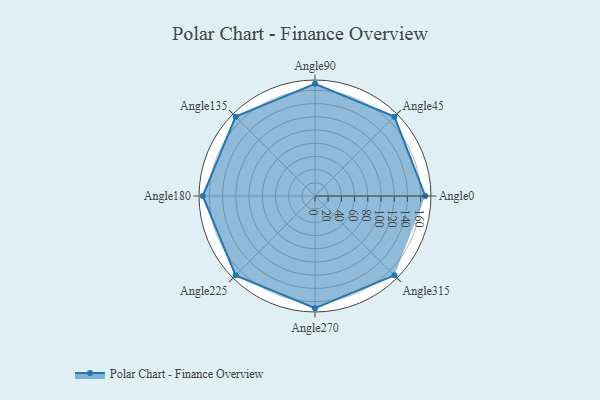
{"axis": {"x": "Angle", "y": "Radius"}, "legend": [""], "data": [{"x": "Angle0", "y": 167.0, "type": ""}, {"x": "Angle45", "y": 170, "type": ""}, {"x": "Angle90", "y": 170, "type": ""}, {"x": "Angle135", "y": 170, "type": ""}, {"x": "Angle180", "y": 170, "type": ""}, {"x": "Angle225", "y": 170, "type": ""}, {"x": "Angle270", "y": 170, "type": ""}, {"x": "Angle315", "y": 170, "type": ""}]}